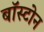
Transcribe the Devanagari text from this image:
बाॅस्टोन